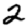
Digit: 2